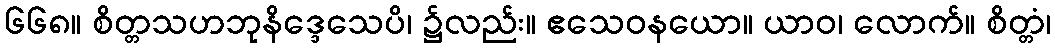
၆၆၈။ စိတ္တသဟဘုနိဒ္ဒေသေပိ၊ ၌လည်း။ ဧသေဝနယော။ ယာဝ၊ လောက်။ စိတ္တံ၊